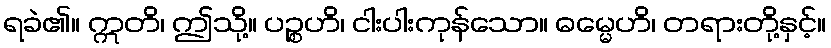
ရခဲ၏။ ဣတိ၊ ဤသို့။ ပဉ္စဟိ၊ ငါးပါးကုန်သော။ ဓမ္မေဟိ၊ တရားတို့နှင့်။